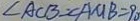
\angle A C B = \angle A M B = 9 0